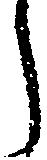
う